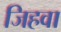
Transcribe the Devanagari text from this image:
जिहवा